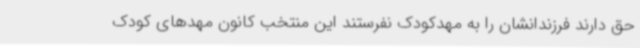
حق دارند فرزندانشان را به مهدکودک نفرستند این منتخب کانون مهدهای کودک